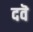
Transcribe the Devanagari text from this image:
दवॆ